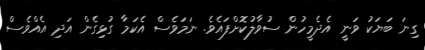
ގިނަ ބަޔަކު ވަނީ އެދެމީހުން ސުވާލުކޮށްފައެވެ. ނަމަވެސް އެކަމާ ގުޅިގެން އަދި އެއްވެސް